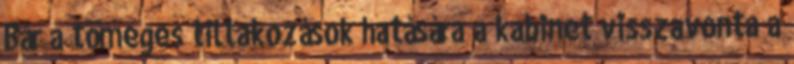
Bár a tömeges tiltakozások hatására a kabinet visszavonta a